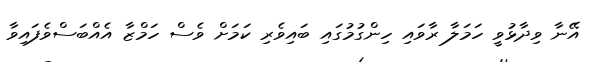
އޭނާ ވިދާޅުވީ ހަމަލާ ރާވައި ހިންގުމުގައި ބައިވެރި ކަމަށް ވެސް ހަމްޒާ އެއްބަސްވެފައިވާ